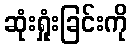
ဆုံးရှုံးခြင်းကို